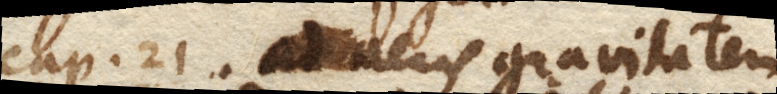
Cap. 20. Ad aeris gravitatem